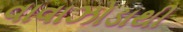
વાવાઝોડાથી